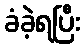
ခံခဲ့ရပြီး